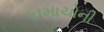
કામાચોની